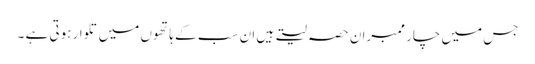
جس میں چار ممبران حصہ لیتے ہیں ان سب کے ہاتھوں میں تلوار ہوتی ہے ۔